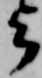
者